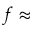
f \approx